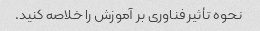
نحوه تأثیر فناوری بر آموزش را خلاصه کنید.